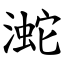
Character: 㵃